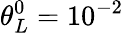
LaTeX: \theta_{L}^{0}={{10}^{-2}}